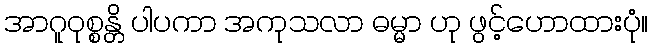
အာဂူဝုစ္စန္တိ ပါပကာ အကုသလာ ဓမ္မာ ဟု ဖွင့်ဟောထားပုံ။